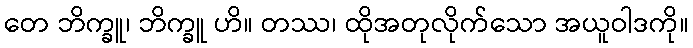
တေ ဘိက္ခူ၊ ဘိက္ခူ ဟိ။ တဿ၊ ထိုအတုလိုက်သော အယူဝါဒကို။